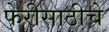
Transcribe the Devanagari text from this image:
फेरीसाठीचे